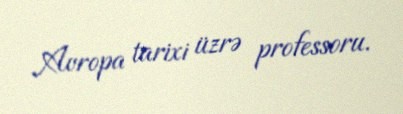
Avropa tarixi üzrə professoru.